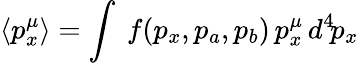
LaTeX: \langle p_{x}^{\mu}\rangle=\int\ f(p_{x},p_{a},p_{b})\, p_{x}^{\mu}\, d^{4}\! p_{x}